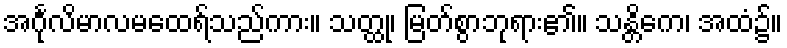
အင်္ဂုလိမာလမထေရ်သည်ကား။ သတ္ထု၊ မြတ်စွာဘုရား၏။ သန္တိကေ၊ အထံ၌။